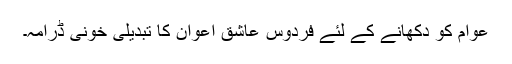
عوام کو دکھانے کے لئے فردوس عاشق اعوان کا تبدیلی خونی ڈرامہ۔